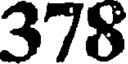
378